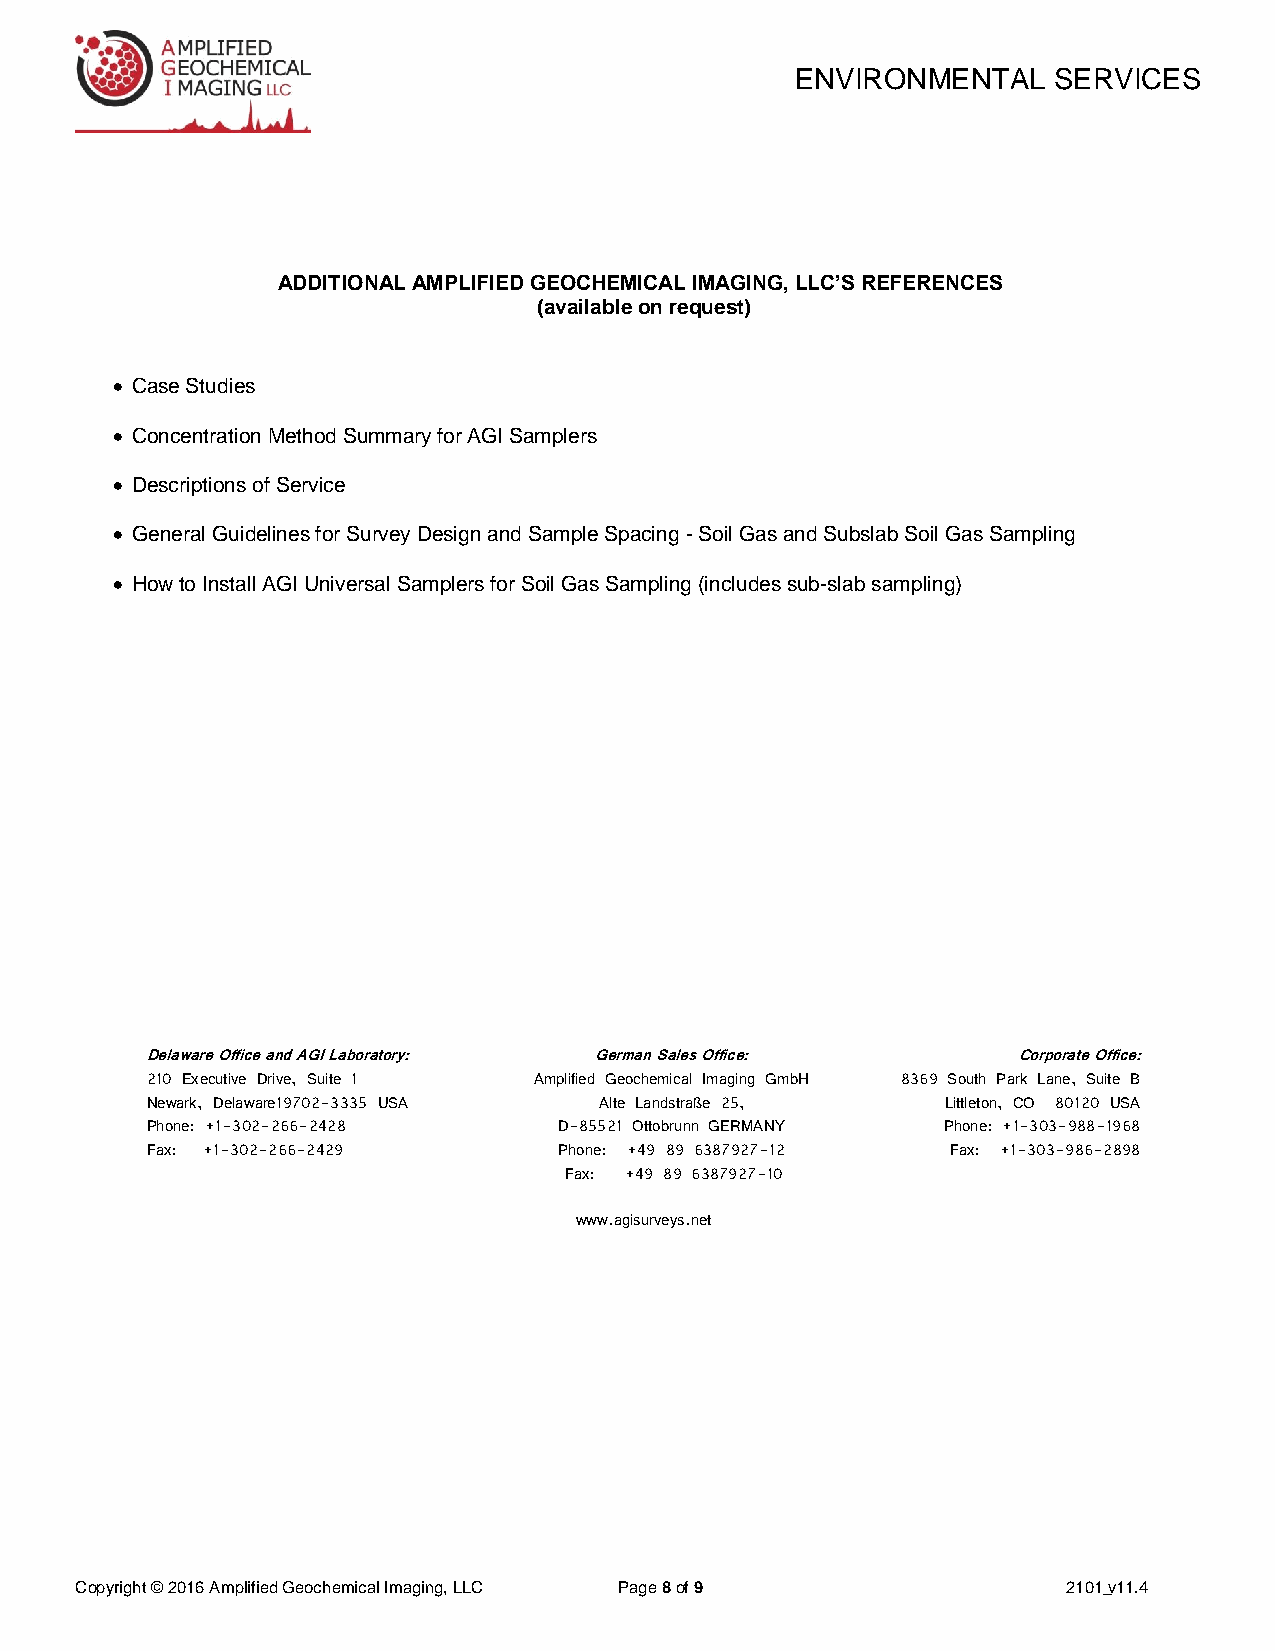
ENVIRONMENTAL    SERVICES
 ADDITIONAL AMPLIFIED GEOCHEMICAL IMAGING, LLC’S REFERENCES
 (available on request)
  Case Studies
  Concentration Method Summary for AGI Samplers
  Descriptions of Service
  General Guidelines for Survey Design and Sample Spacing - Soil Gas and Subslab Soil Gas Sampling
  How to Install AGI Universal Samplers for Soil Gas Sampling (includes sub-slab sampling)
 Delaware Office and AGI Laboratory: German Sales Office: Corporate Office:
 210 Executive Drive, Suite 1 Amplified Geochemical Imaging GmbH 8369 South Park Lane, Suite B
 Newark, Delaware19702-3335 USA Alte Landstraße 25,   Littleton, CO 80120 USA
 Phone: +1-302-266-2428     D-85521 Ottobrunn GERMANY Phone: +1-303-988-1968
 Fax: +1-302-266-2429       Phone: +49 89 6387927-12  Fax: +1-303-986-2898
 Fax: +49 89 6387927-10
 www.agisurveys.net
 Copyright © 2016 Amplified Geochemical Imaging, LLC Page 8 of 9   2101_ v11.4